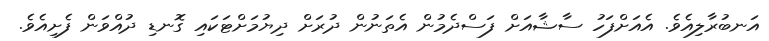
އަނބުރާލިއެވެ. އެއަށްފަހު ސާޝާއަށް ފަސްދެމުން އެތަނުން ދުރަށް ދިޔުމަށްޓަކައި ގޮނޑި ދުއްވަން ފެށިއެވެ.